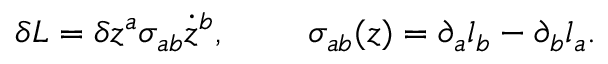
\delta L = \delta z ^ { a } \sigma _ { a b } \dot { z } ^ { b } , \ \ \ \ \ \ \ \sigma _ { a b } ( z ) = \partial _ { a } l _ { b } - \partial _ { b } l _ { a } .